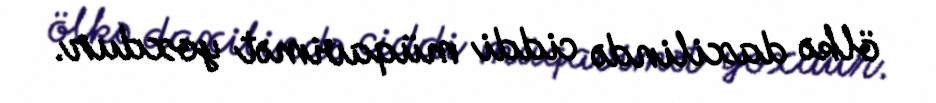
ölkə daxilində ciddi müqavimət yoxdur.